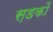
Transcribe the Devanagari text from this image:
स़डकों